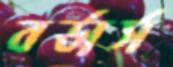
বর্ডার্স